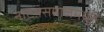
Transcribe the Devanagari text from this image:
नाटय़समाजमधून